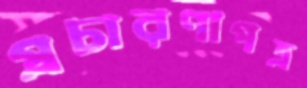
প্রচারণাপত্র